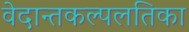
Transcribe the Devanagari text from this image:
वेदान्तकल्पलतिका